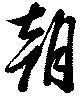
朝